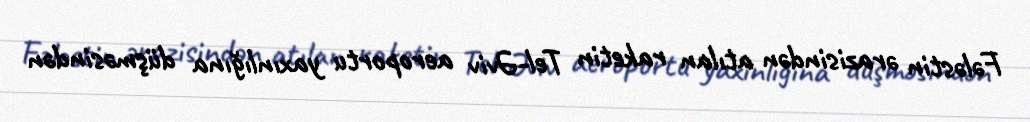
Fələstin ərazisindən atılan raketin Tel-Əviv aeroportu yaxınlığına düşməsindən